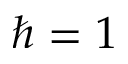
\hbar = 1